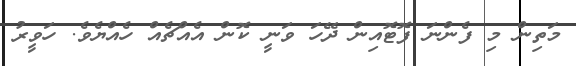
މަތިން މި ފެންނަ ފޮޓޮއިން ދޭހަ ވަނީ ކޮން އެއްޗެއް ހެއްޔެވެ. ހަވީރު